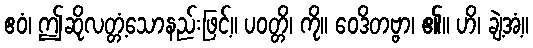
ဧဝံ၊ ဤဆိုလတ္တံ့သောနည်းဖြင့်။ ပဝတ္တိ၊ ကို။ ဝေဒိတဗ္ဗာ၊ ၏။ ဟိ၊ ချဲ့အံ့။